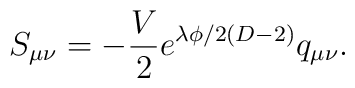
S_{\mu\nu}=-\frac{V}{2}e^{\lambda\phi/2(D-2)}q_{\mu\nu}.